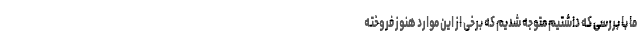
ما با بررسی که داشتیم متوجه شدیم که برخی از این موارد هنوز فروخته